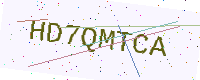
Text: HD7QMTCA